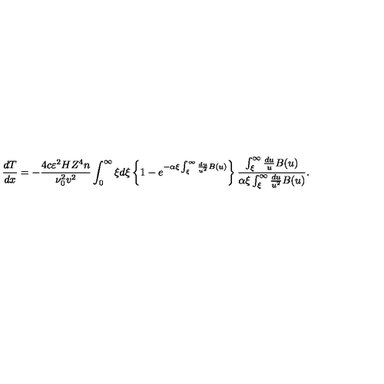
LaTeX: \frac { d T } { d x } = - \frac { 4 c \varepsilon ^ { 2 } H Z ^ { 4 } n } { \nu _ { 0 } ^ { 2 } v ^ { 2 } } \int _ { 0 } ^ { \infty } \xi d \xi \left\{ 1 - e ^ { - \alpha \xi \int _ { \xi } ^ { \infty } \frac { d u } { u ^ { 2 } } B ( u ) } \right\} \frac { \int _ { \xi } ^ { \infty } \frac { d u } { u } B ( u ) } { \alpha \xi \int _ { \xi } ^ { \infty } \frac { d u } { u ^ { 2 } } B ( u ) } .